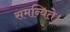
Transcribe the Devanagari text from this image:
समन्विते।